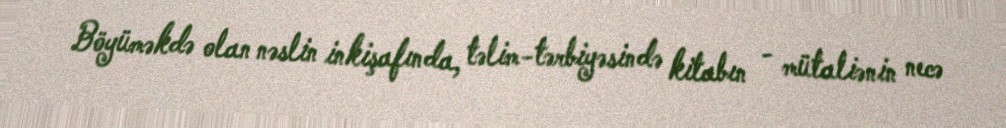
Böyüməkdə olan nəslin inkişafında, təlim-tərbiyəsində kitabın - mütaliənin necə